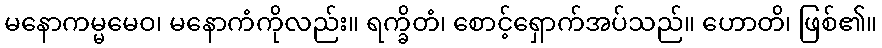
မနောကမ္မမေဝ၊ မနောကံကိုလည်း။ ရက္ခိတံ၊ စောင့်ရှောက်အပ်သည်။ ဟောတိ၊ ဖြစ်၏။